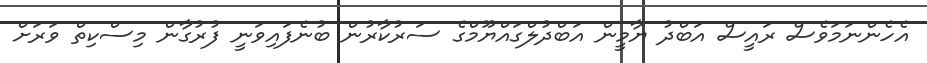
އެހެންނަމަވެސް ރައީސް އަބްދު ޔާމީން އަބްދުލްގައްޔޫމްގެ ސަރުކާރުން ބުނެފައިވަނީ ފުރުގާން މިސްކިތް ވަރަށް